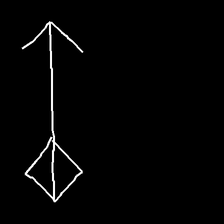
Glyph: focus